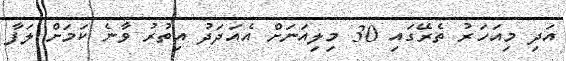
އަދި މިއަހަރު ތެރޭގައި 30 މިލިއަނަށް އެއަދަދު އިތުރު ވާނެ ކަމަށް ލަފާ